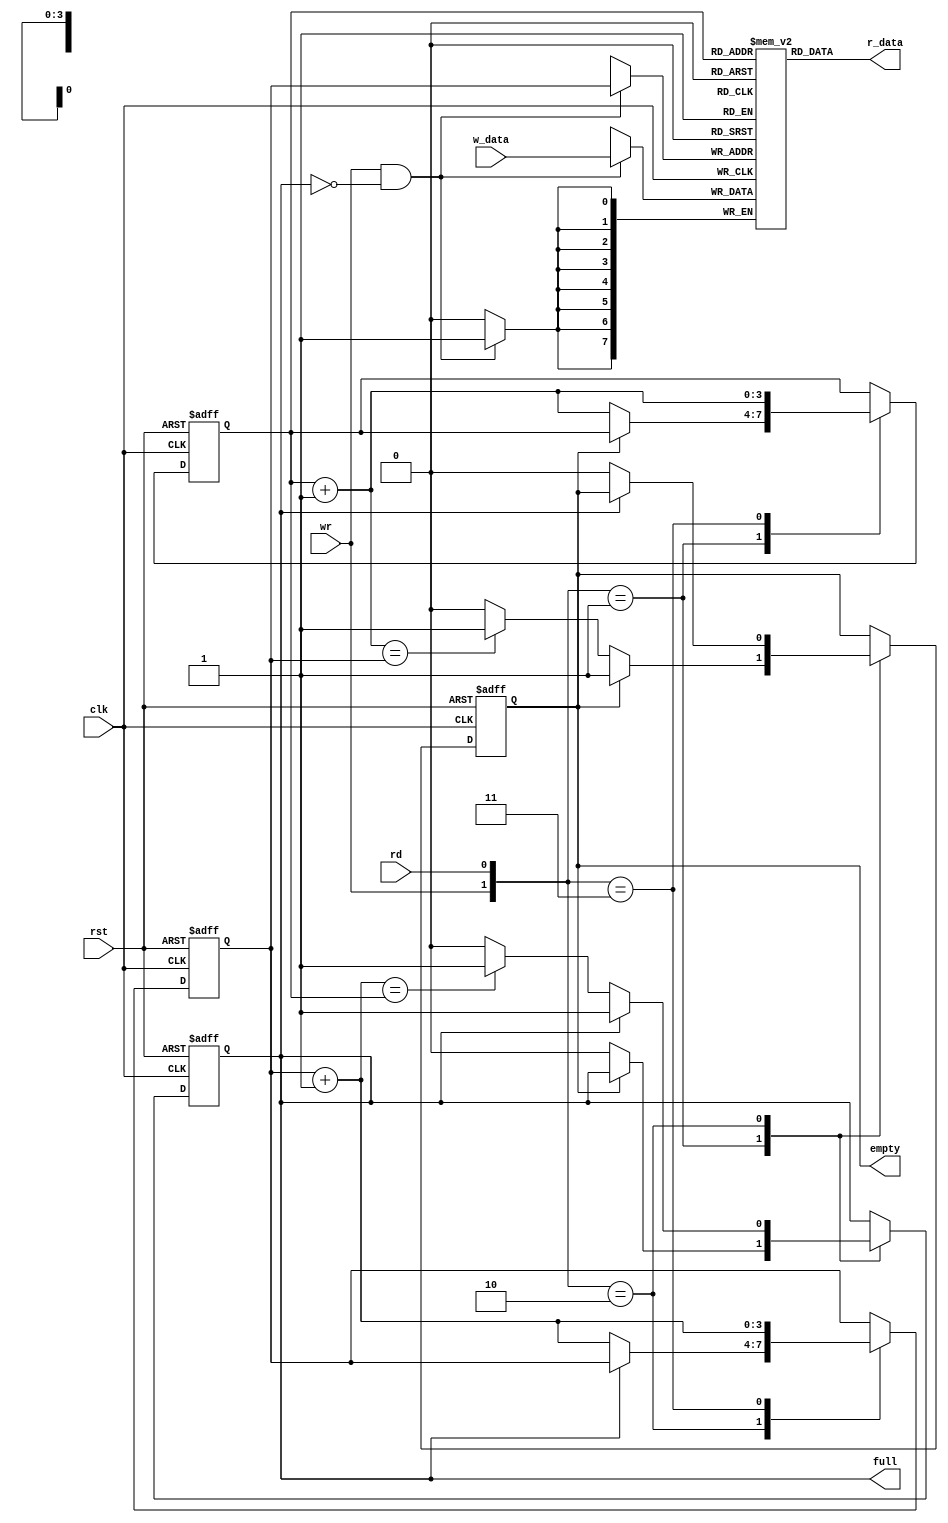
module fifo
	#(
	parameter 	B=8, // # bits in word
				W=4  // # address bits
	)
	(
	input wire clk, rst,
	input wire rd, wr,
	input wire [B-1:0] w_data,
	output wire empty, full,
	output wire [B-1:0] r_data
	);
	
	// signal declration
	reg [B-1:0] array_reg [2**W-1:0]; // register array
	reg [W-1:0] w_ptr_reg, w_ptr_next, w_ptr_succ;
	reg [W-1:0] r_ptr_reg, r_ptr_next, r_ptr_succ;
	reg full_reg, empty_reg, full_next, empty_next;
	wire wr_en;
	
	//body
	//Register file write operation
	always@(posedge clk)
		if(wr_en)
			array_reg[w_ptr_reg] <= w_data;
	
	//Register file read operation
	assign r_data = array_reg[r_ptr_reg];
	
	//Write enabled only whne FIFO is not full
	assign wr_en = wr & ~full_reg;
	
	// fifo control
	// register for read and write pointers
	always@(posedge clk, posedge rst)
		if(rst)
			begin
			w_ptr_reg <= 0;
			r_ptr_reg <= 0;
			full_reg <= 1'b0;
			empty_reg <= 1'b1;
			end
		else
			begin
			w_ptr_reg <= w_ptr_next;
			r_ptr_reg <= r_ptr_next;
			full_reg  <= full_next;
			empty_reg <= empty_next;
			end
	
	// next state logic for read and write pointers
	always@*
		begin
		// successive pointer values
		w_ptr_succ = w_ptr_reg + 1;
		r_ptr_succ = r_ptr_reg + 1;
		// default values
		w_ptr_next = w_ptr_reg;
		r_ptr_next = r_ptr_reg;
		full_next = full_reg;
		empty_next = empty_reg;
		case({wr,rd})
			//2'b00: no operation
			2'b01: //read
				if(~empty_reg) // fifo not empty
					begin
					r_ptr_next = r_ptr_succ;
					full_next = 1'b0;
					if(r_ptr_succ == w_ptr_reg) // means that fifo is empty
						empty_next = 1'b1;
					end
			2'b10: //write
				if(~full_reg) // fifo not full
					begin
					w_ptr_next = w_ptr_succ;
					empty_next = 1'b0;
					if(w_ptr_succ == r_ptr_reg) // means that fifo is full
						full_next = 1'b1;
					end
			2'b11: // write and read
				begin
				w_ptr_next = w_ptr_succ;
				r_ptr_next = r_ptr_succ;
				end
		endcase
		end // always@*
	// output
	assign full = full_reg;
	assign empty = empty_reg;

endmodule